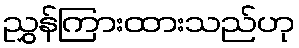
ညွှန်ကြားထားသည်ဟု